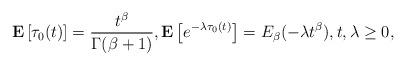
LaTeX: \begin{align*}\mathbf E\left[\tau_0(t)\right]=\frac{t^\beta}{\Gamma(\beta+1)},\mathbf E\left[e^{-\lambda \tau_0(t)}\right]=E_\beta(-\lambda t^\beta),t,\lambda\ge0, \end{align*}